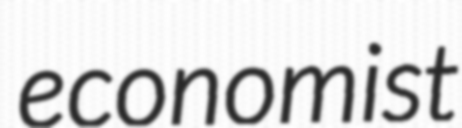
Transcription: economist